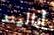
أداليند